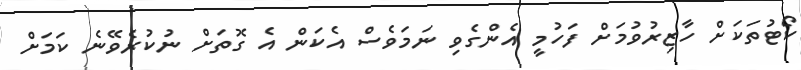
ކޯޓުތަކަށް ހާޒިރުވުމަށް ފަހުމީ އެންގެވި ނަމަވެސް އެކަން އެ ގޮތަށް ނުކުރެވޭނެ ކަމަށް